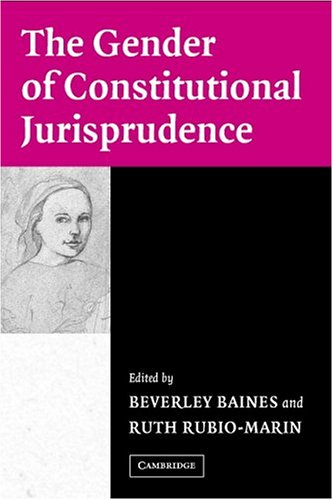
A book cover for The Gender of Constitutional Jurisprudence; Gay & Lesbian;